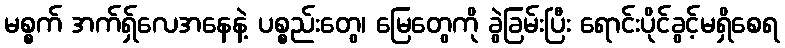
မစ္စက် အက်ရှ်လေအနေနဲ့ ပစ္စည်းတွေ၊ မြေတွေကို ခွဲခြမ်းပြီး ရောင်းပိုင်ခွင့်မရှိစေရ